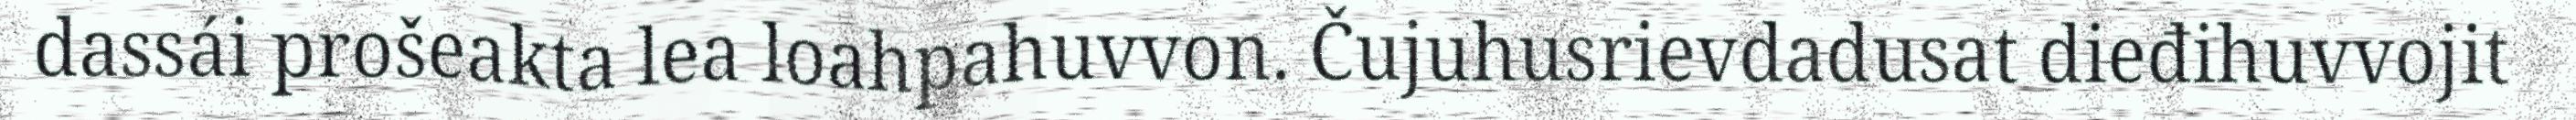
dassái prošeakta lea loahpahuvvon. Čujuhusrievdadusat dieđihuvvojit